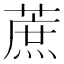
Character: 蔗